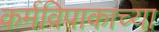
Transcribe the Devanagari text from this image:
कर्मविपाकाच्या